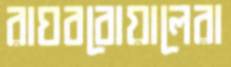
রাঘববোয়ালেরা